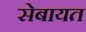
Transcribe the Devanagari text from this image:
सेबायत